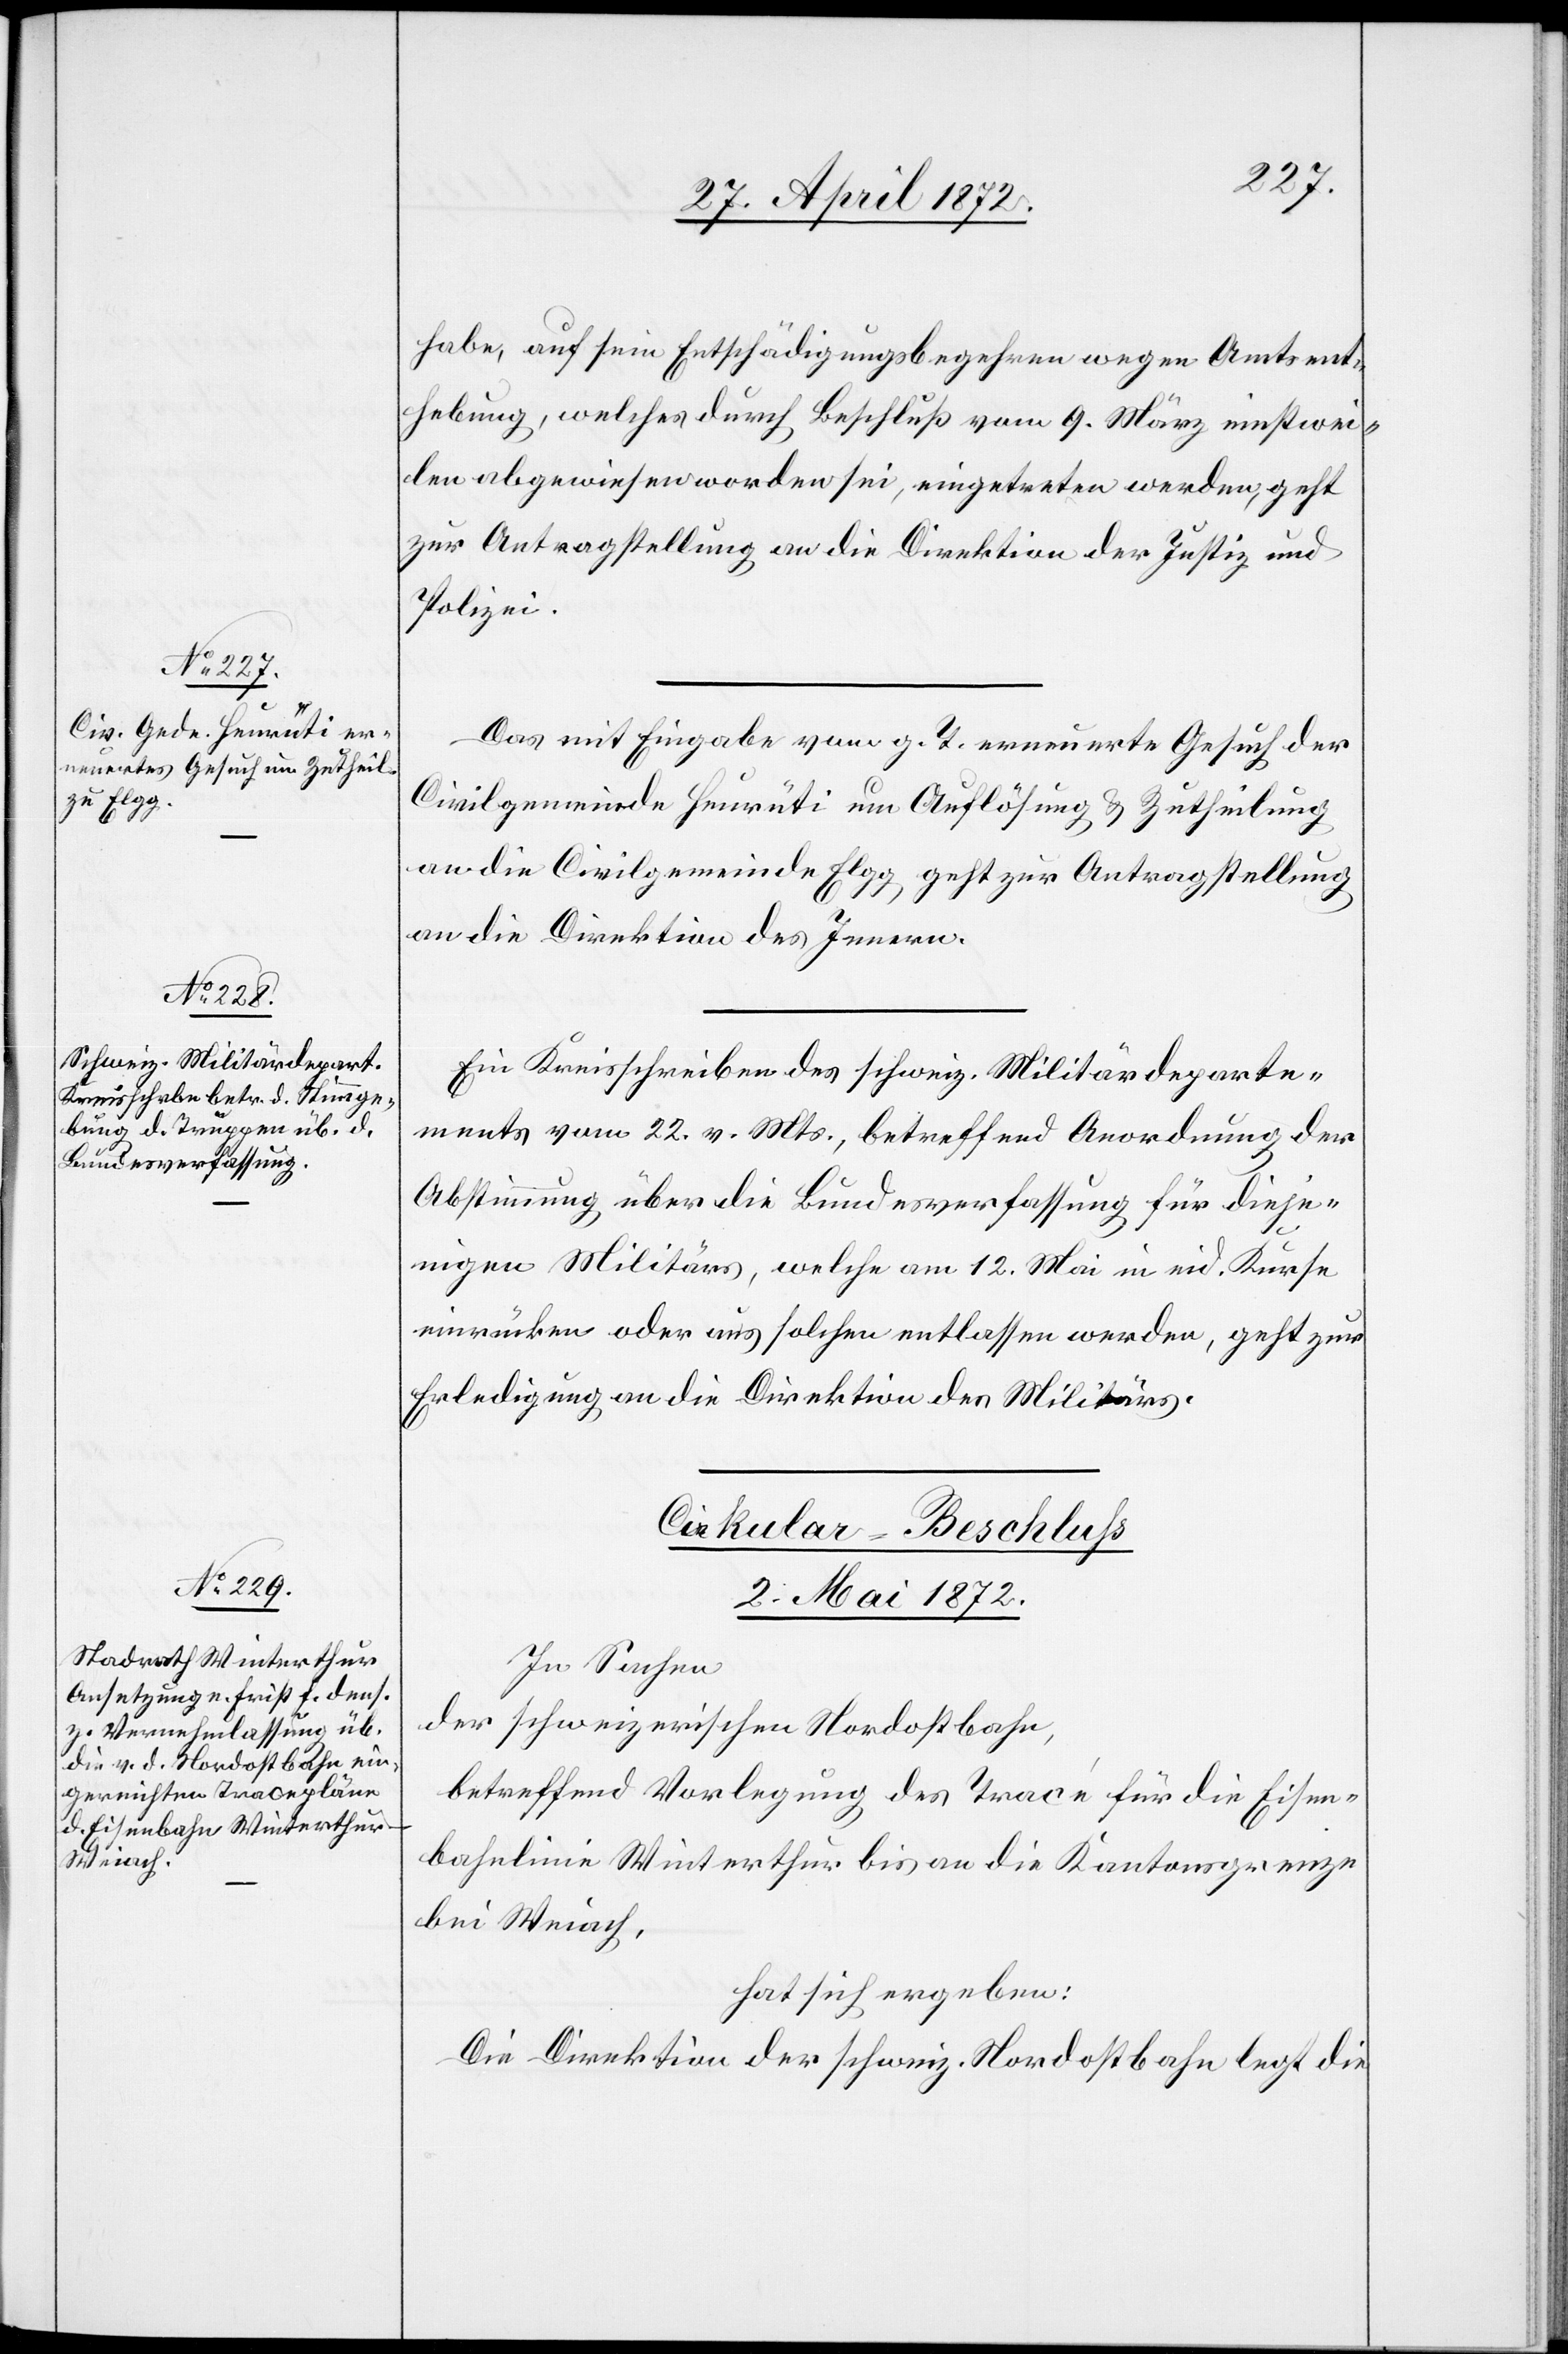
habe, auf sein Entschädigungsbegehren wegen Amtsent¬
hebung, welches durch Beschluß vom 9. März einstwei¬
len abgewiesen worden sei, eingetreten werden, geht
zur Antragstellung an die Direktion der Justiz u.
Polizei.
Das mit Eingabe vom g. T. erneuerte Gesuch der
Civilgemeinde Heurüti um Auflösung u. Zutheilung
an die Civilgemeinde Elgg, geht zur Antragstellung
an die Direktion des Innern.
Ein Kreisschreiben des schweiz. Militärdeparte¬
ments vom 22. v. Mts., betreffend Anordnung der
Abstimmung über die Bundesverfassung für dieje¬
nigen Militärs, welche am 12. Mai in eid. Kurse
einrücken oder aus solchen entlassen werden, geht zur
Erledigung an die Direktion des Militärs.
Cirkular-Beschluß
2. Mai 1872.
In Sachen
der schweizerischen Nordostbahn,
betreffend Vorlegung des Tracé für die Eisen¬
bahnlinie Winterthur bis an die Kantonsgrenze
bei Weiach,
hat sich ergeben:
Die Direktion der schweiz. Nordostbahn legt die